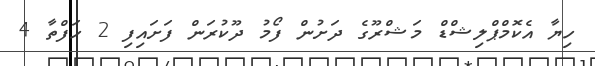
ހިޔާ އެކޮމްޕްލިޝްޑް މަޝްރޫގެ ދަށުން ފޯމު ދޫކުރަން ފަށައިފި 2 ހަފްތާ 4